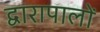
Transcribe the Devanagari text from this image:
द्वारापालों